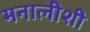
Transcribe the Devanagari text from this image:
मनालीशी